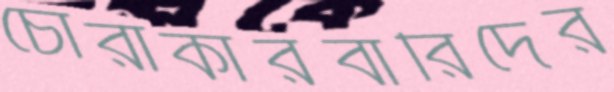
চোরাকারবারিদের